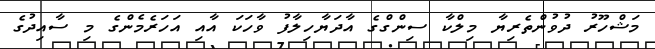
މަޝްހޫރު ދުވުންތެރިޔާ މިލްކާ ސިންގްގެ އާދަޔާހިލާފު ވާހަކަ އާއި އަހަރެމެންގެ މި ސާއިދުގެ